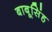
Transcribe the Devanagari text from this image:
बाबूसिंह